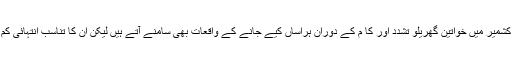
آزاد کشمیر میں خواتین گھریلو تشدد اور کا م کے دوران ہراساں کیے جانے کے واقعات بھی سامنے آتے ہیں لیکن ان کا تناسب انتہائی کم ہے۔